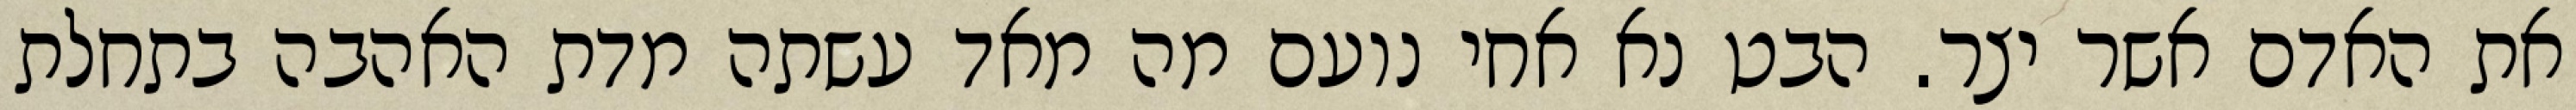
את האדם אשר יצר. הבט נא אחי נועם מה מאד עשתה מדת האהבה בתחלת